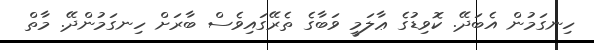
ހިނގަމުން އެބަދޭ. ކޮވިޑުގެ ޢާލަމީ ވަބާގެ ތެރޭގައިވެސް ބާރަށް ހިނގަމުންދޭ. މާތް